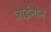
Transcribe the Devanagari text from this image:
ट्राईनोन